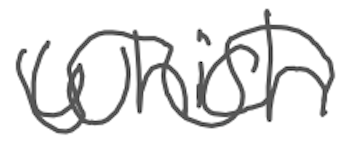
Text: which
Cross-out: wave
Writing tool: digital_gray